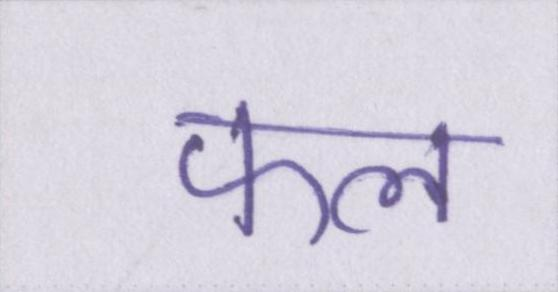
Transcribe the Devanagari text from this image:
फल